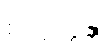
စတုတ္ထန္တိ